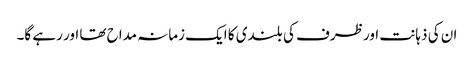
ان کی ذہانت اور ظرف کی بلندی کا ایک زمانہ مداح تھا اور رہے گا۔